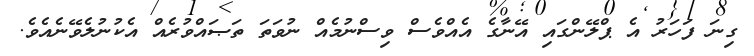
ގިނަ ފަހަރު އެ ޕްލޭންގައި އޭނާގެ އެއްވެސް ވިސްނުމެއް ނުވަތަ ތަޞައްވުރެއް އެކުނުލެވޭނެއެވެ.